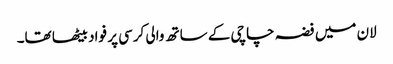
لان میں فضہ چاچی کے ساتھ والی کرسی پر فواد بیٹھا تھا۔